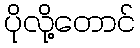
ပိုလို့တောင်